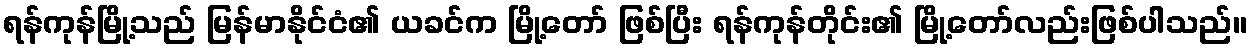
ရန်ကုန်မြို့သည် မြန်မာနိုင်ငံ၏ ယခင်က မြို့တော် ဖြစ်ပြီး ရန်ကုန်တိုင်း၏ မြို့တော်လည်းဖြစ်ပါသည်။